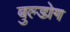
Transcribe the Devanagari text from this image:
बुल्डोग